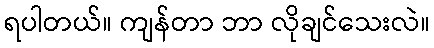
ရပါတယ်။ ကျန်တာ ဘာ လိုချင်သေးလဲ။